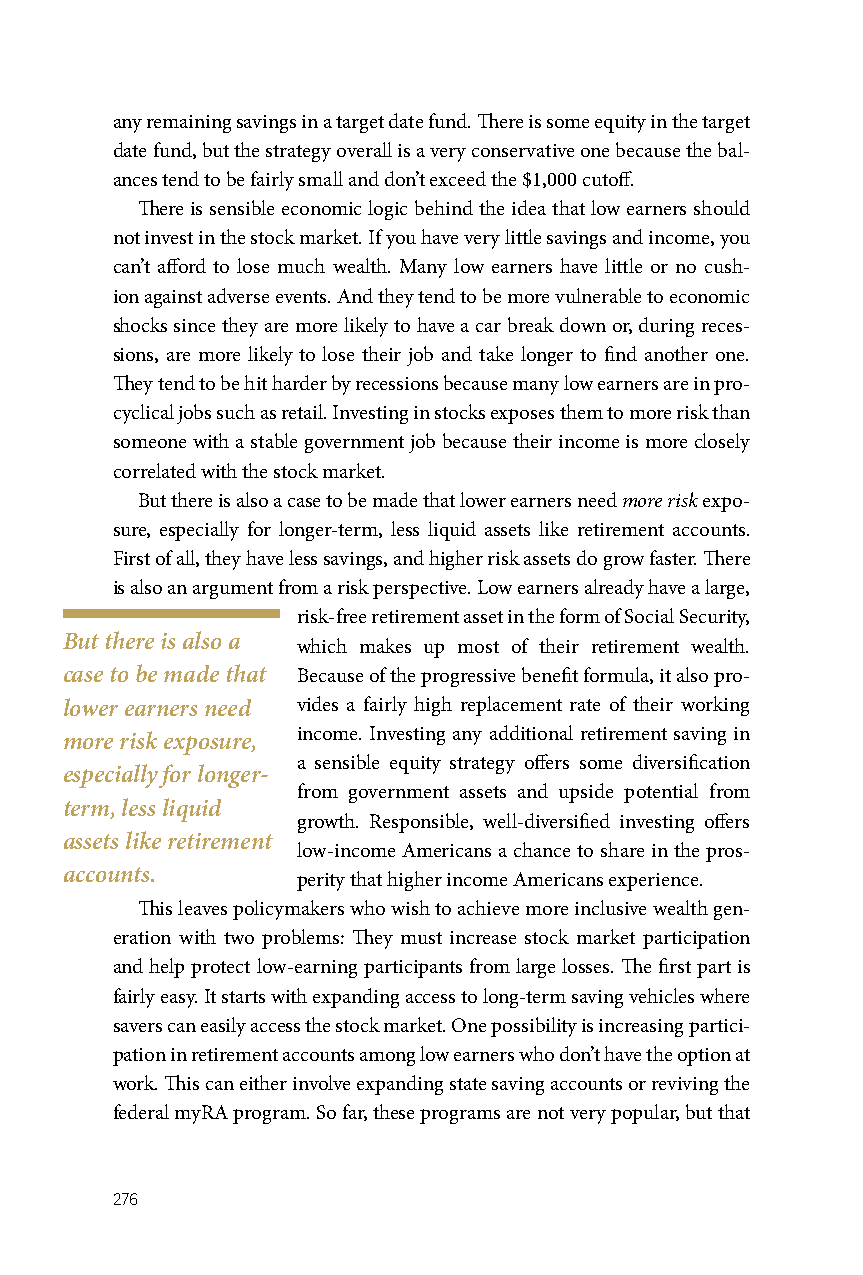
any remaining savings in a target date fund. There is some equity in the target
 date fund, but the strategy overall is a very conservative one because the bal-
 ances tend to be fairly small and don’t exceed the $1,000 cutoff.
 There is sensible economic logic behind the idea that low earners should
 not invest in the stock market. If you have very little savings and income, you
 can’t afford to lose much wealth. Many low earners have little or no cush-
 ion against adverse events. And they tend to be more vulnerable to economic
 shocks since they are more likely to have a car break down or, during reces-
 sions, are more likely to lose their job and take longer to find another one.
 They tend to be hit harder by recessions because many low earners are in pro-
 cyclical jobs such as retail. Investing in stocks exposes them to more risk than
 someone with a stable government job because their income is more closely
 correlated with the stock market.
 But there is also a case to be made that lower earners need more risk expo-
 sure, especially for longer-term, less liquid assets like retirement accounts.
 First of all, they have less savings, and higher risk assets do grow faster. There
 is also an argument from a risk perspective. Low earners already have a large,
 risk-free retirement asset in the form of Social Security,
 But there is also a
 which makes up most of their retirement wealth.
 case to be made that Because of the progressive benefit formula, it also pro-
 lower earners need vides a fairly high replacement rate of their working
 more risk exposure, income. Investing any additional retirement saving in
 a sensible equity strategy offers some diversification
 especially for longer-
 from government assets and upside potential from
 term, less liquid
 growth. Responsible, well-diversified investing offers
 assets like retirement
 low-income Americans a chance to share in the pros-
 accounts.
 perity that higher income Americans experience.
 This leaves policymakers who wish to achieve more inclusive wealth gen-
 eration with two problems: They must increase stock market participation
 and help protect low-earning participants from large losses. The first part is
 fairly easy. It starts with expanding access to long-term saving vehicles where
 savers can easily access the stock market. One possibility is increasing partici-
 pation in retirement accounts among low earners who don’t have the option at
 work. This can either involve expanding state saving accounts or reviving the
 federal myRA program. So far, these programs are not very popular, but that
 276